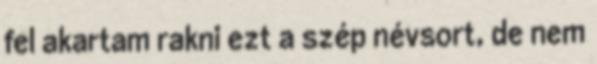
fel akartam rakni ezt a szép névsort, de nem